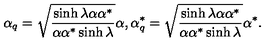
\alpha _ { q } = \sqrt { \frac { \sinh \lambda \alpha \alpha ^ { * } } { \alpha \alpha ^ { * } \sinh \lambda } } \alpha , \alpha _ { q } ^ { * } = \sqrt { \frac { \sinh \lambda \alpha \alpha ^ { * } } { \alpha \alpha ^ { * } \sinh \lambda } } \alpha ^ { * } .